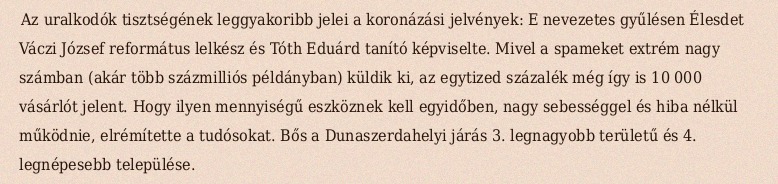
Az uralkodók tisztségének leggyakoribb jelei a koronázási jelvények: E nevezetes gyűlésen Élesdet Váczi József református lelkész és Tóth Eduárd tanító képviselte. Mivel a spameket extrém nagy számban (akár több százmilliós példányban) küldik ki, az egytized százalék még így is 10 000 vásárlót jelent. Hogy ilyen mennyiségű eszköznek kell egyidőben, nagy sebességgel és hiba nélkül működnie, elrémítette a tudósokat. Bős a Dunaszerdahelyi járás 3. legnagyobb területű és 4. legnépesebb települése.